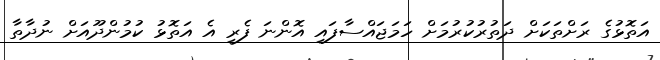
އަތޮޅުގެ ރަށްތަކަށް ދަތުރުކުރުމަށް ހަމަޖައްސާފައި އޮންނަ ފެރީ އެ އަތޮޅު ކުމުންދޫއަށް ނުދާތާ